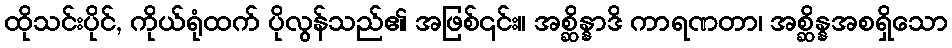
ထိုသင်းပိုင်, ကိုယ်ရုံထက် ပိုလွန်သည်၏ အဖြစ်၎င်း။ အစ္ဆိန္နာဒိ ကာရဏတာ၊ အစ္ဆိန္နအစရှိသော